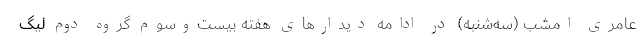
عامری امشب (سه‌شنبه) در ادامه دیدارهای هفته بیست‌وسوم گروه دوم لیگ